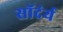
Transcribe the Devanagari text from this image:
सॉदंर्य